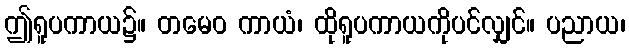
ဤရူပကာယ၌။ တမေဝ ကာယံ၊ ထိုရူပကာယကိုပင်လျှင်။ ပညာယ၊